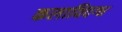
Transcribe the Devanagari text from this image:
कलाविदग्ध